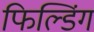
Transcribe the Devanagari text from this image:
फिल्डिंग